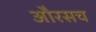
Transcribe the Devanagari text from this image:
औरसच